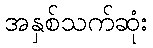
အနှစ်သက်ဆုံး